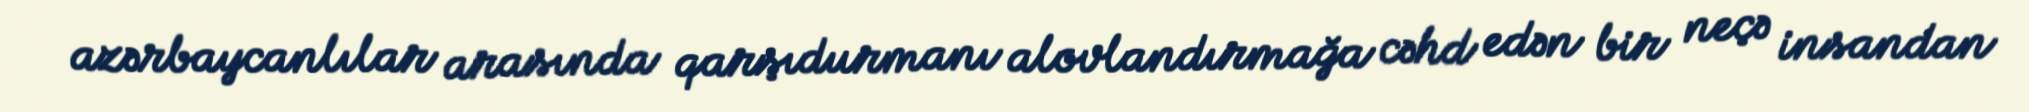
azərbaycanlılar arasında qarşıdurmanı alovlandırmağa cəhd edən bir neçə insandan